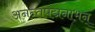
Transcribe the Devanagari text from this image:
अनन्तपद्मनाभन्